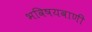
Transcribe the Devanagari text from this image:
भविषयवाणी